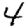
Digit: 4